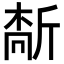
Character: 𫿻